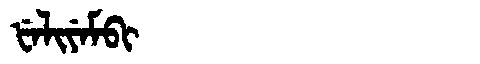
Manchu: ᡶᡝᠯᡳᠶᡝᠮᠪᡳ
Romanization: FELIYEMBI